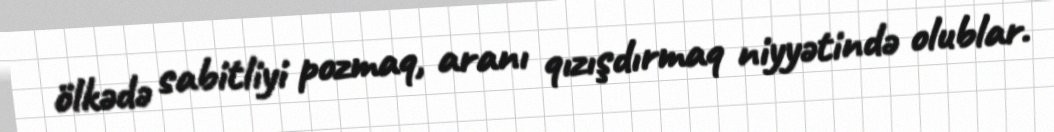
ölkədə sabitliyi pozmaq, aranı qızışdırmaq niyyətində olublar.